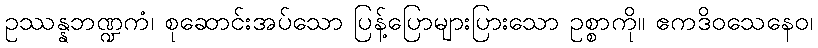
ဥဿန္နဘဏ္ဍကံ၊ စုဆောင်းအပ်သော ပြန့်ပြောများပြားသော ဥစ္စာကို။ ဧကဒိဝသေနေဝ၊